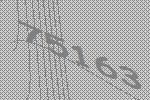
75163